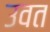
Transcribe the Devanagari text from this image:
उवत